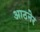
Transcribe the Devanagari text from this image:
आठनेर